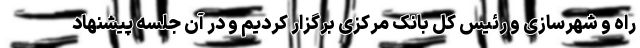
راه و شهرسازی و رئیس کل بانک مرکزی برگزار کردیم و در آن جلسه پیشنهاد